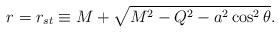
LaTeX: \begin{align*}r=r_{st}\equiv M+\sqrt{M^2-Q^2-a^2\cos^2\theta}.\end{align*}